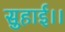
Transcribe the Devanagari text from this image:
सुहाई।।